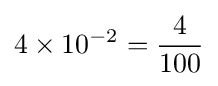
4\times 10^{-2}={\frac {4}{100}}